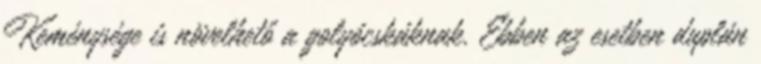
Keménysége is növelhető a golyócskáknak. Ebben az esetben duplán